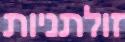
זולתניות